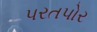
પરતપોર